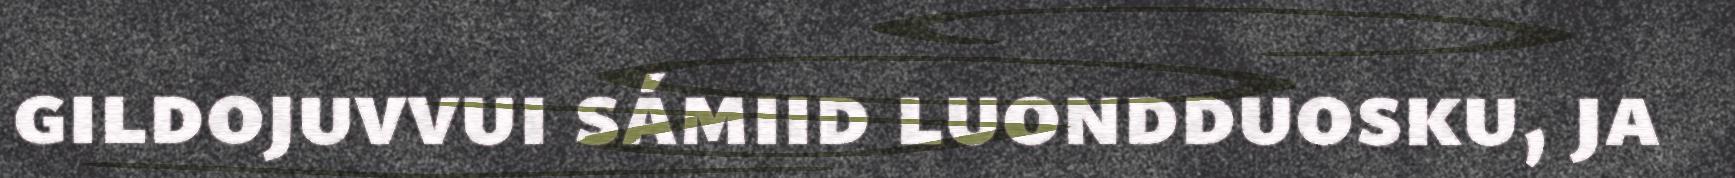
gildojuvvui sámiid luondduosku, ja